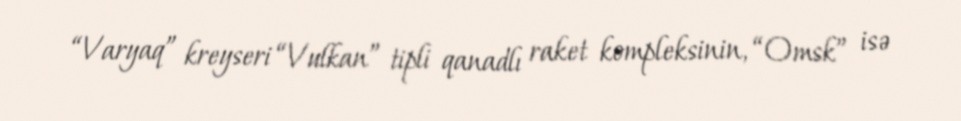
“Varyaq” kreyseri “Vulkan” tipli qanadlı raket kompleksinin, “Omsk” isə